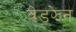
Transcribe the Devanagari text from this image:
वेडझेन